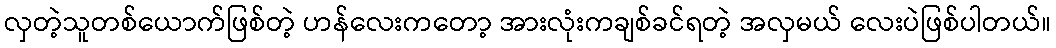
လှတဲ့သူတစ်ယောက်ဖြစ်တဲ့ ဟန်လေးကတော့ အားလုံးကချစ်ခင်ရတဲ့ အလှမယ် လေးပဲဖြစ်ပါတယ်။